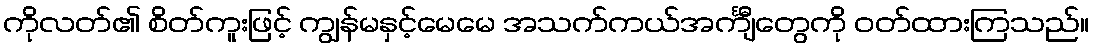
ကိုလတ်၏ စိတ်ကူးဖြင့် ကျွန်မနှင့်မေမေ အသက်ကယ်အင်္ကျီတွေကို ဝတ်ထားကြသည်။